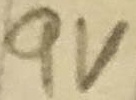
Text: 9V